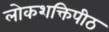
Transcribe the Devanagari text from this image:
लोकशक्तिपीठ